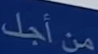
من أجل